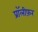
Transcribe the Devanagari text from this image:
प्रॉलीफ़र